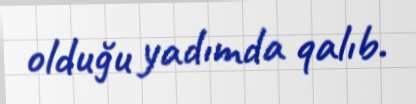
olduğu yadımda qalıb.